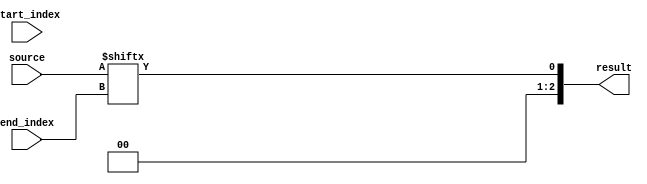
module part_select_assign (
    input [7:0] source,
    input [2:0] start_index,
    input [2:0] end_index,
    output [2:0] result
);

assign result = source[start_index:end_index];

endmodule